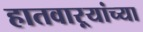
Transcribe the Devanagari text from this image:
हातवाऱ्यांच्या